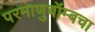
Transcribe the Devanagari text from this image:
परमाणुबॉम्बचा